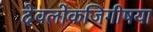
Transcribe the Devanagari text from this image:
देवलोकजिगीषया